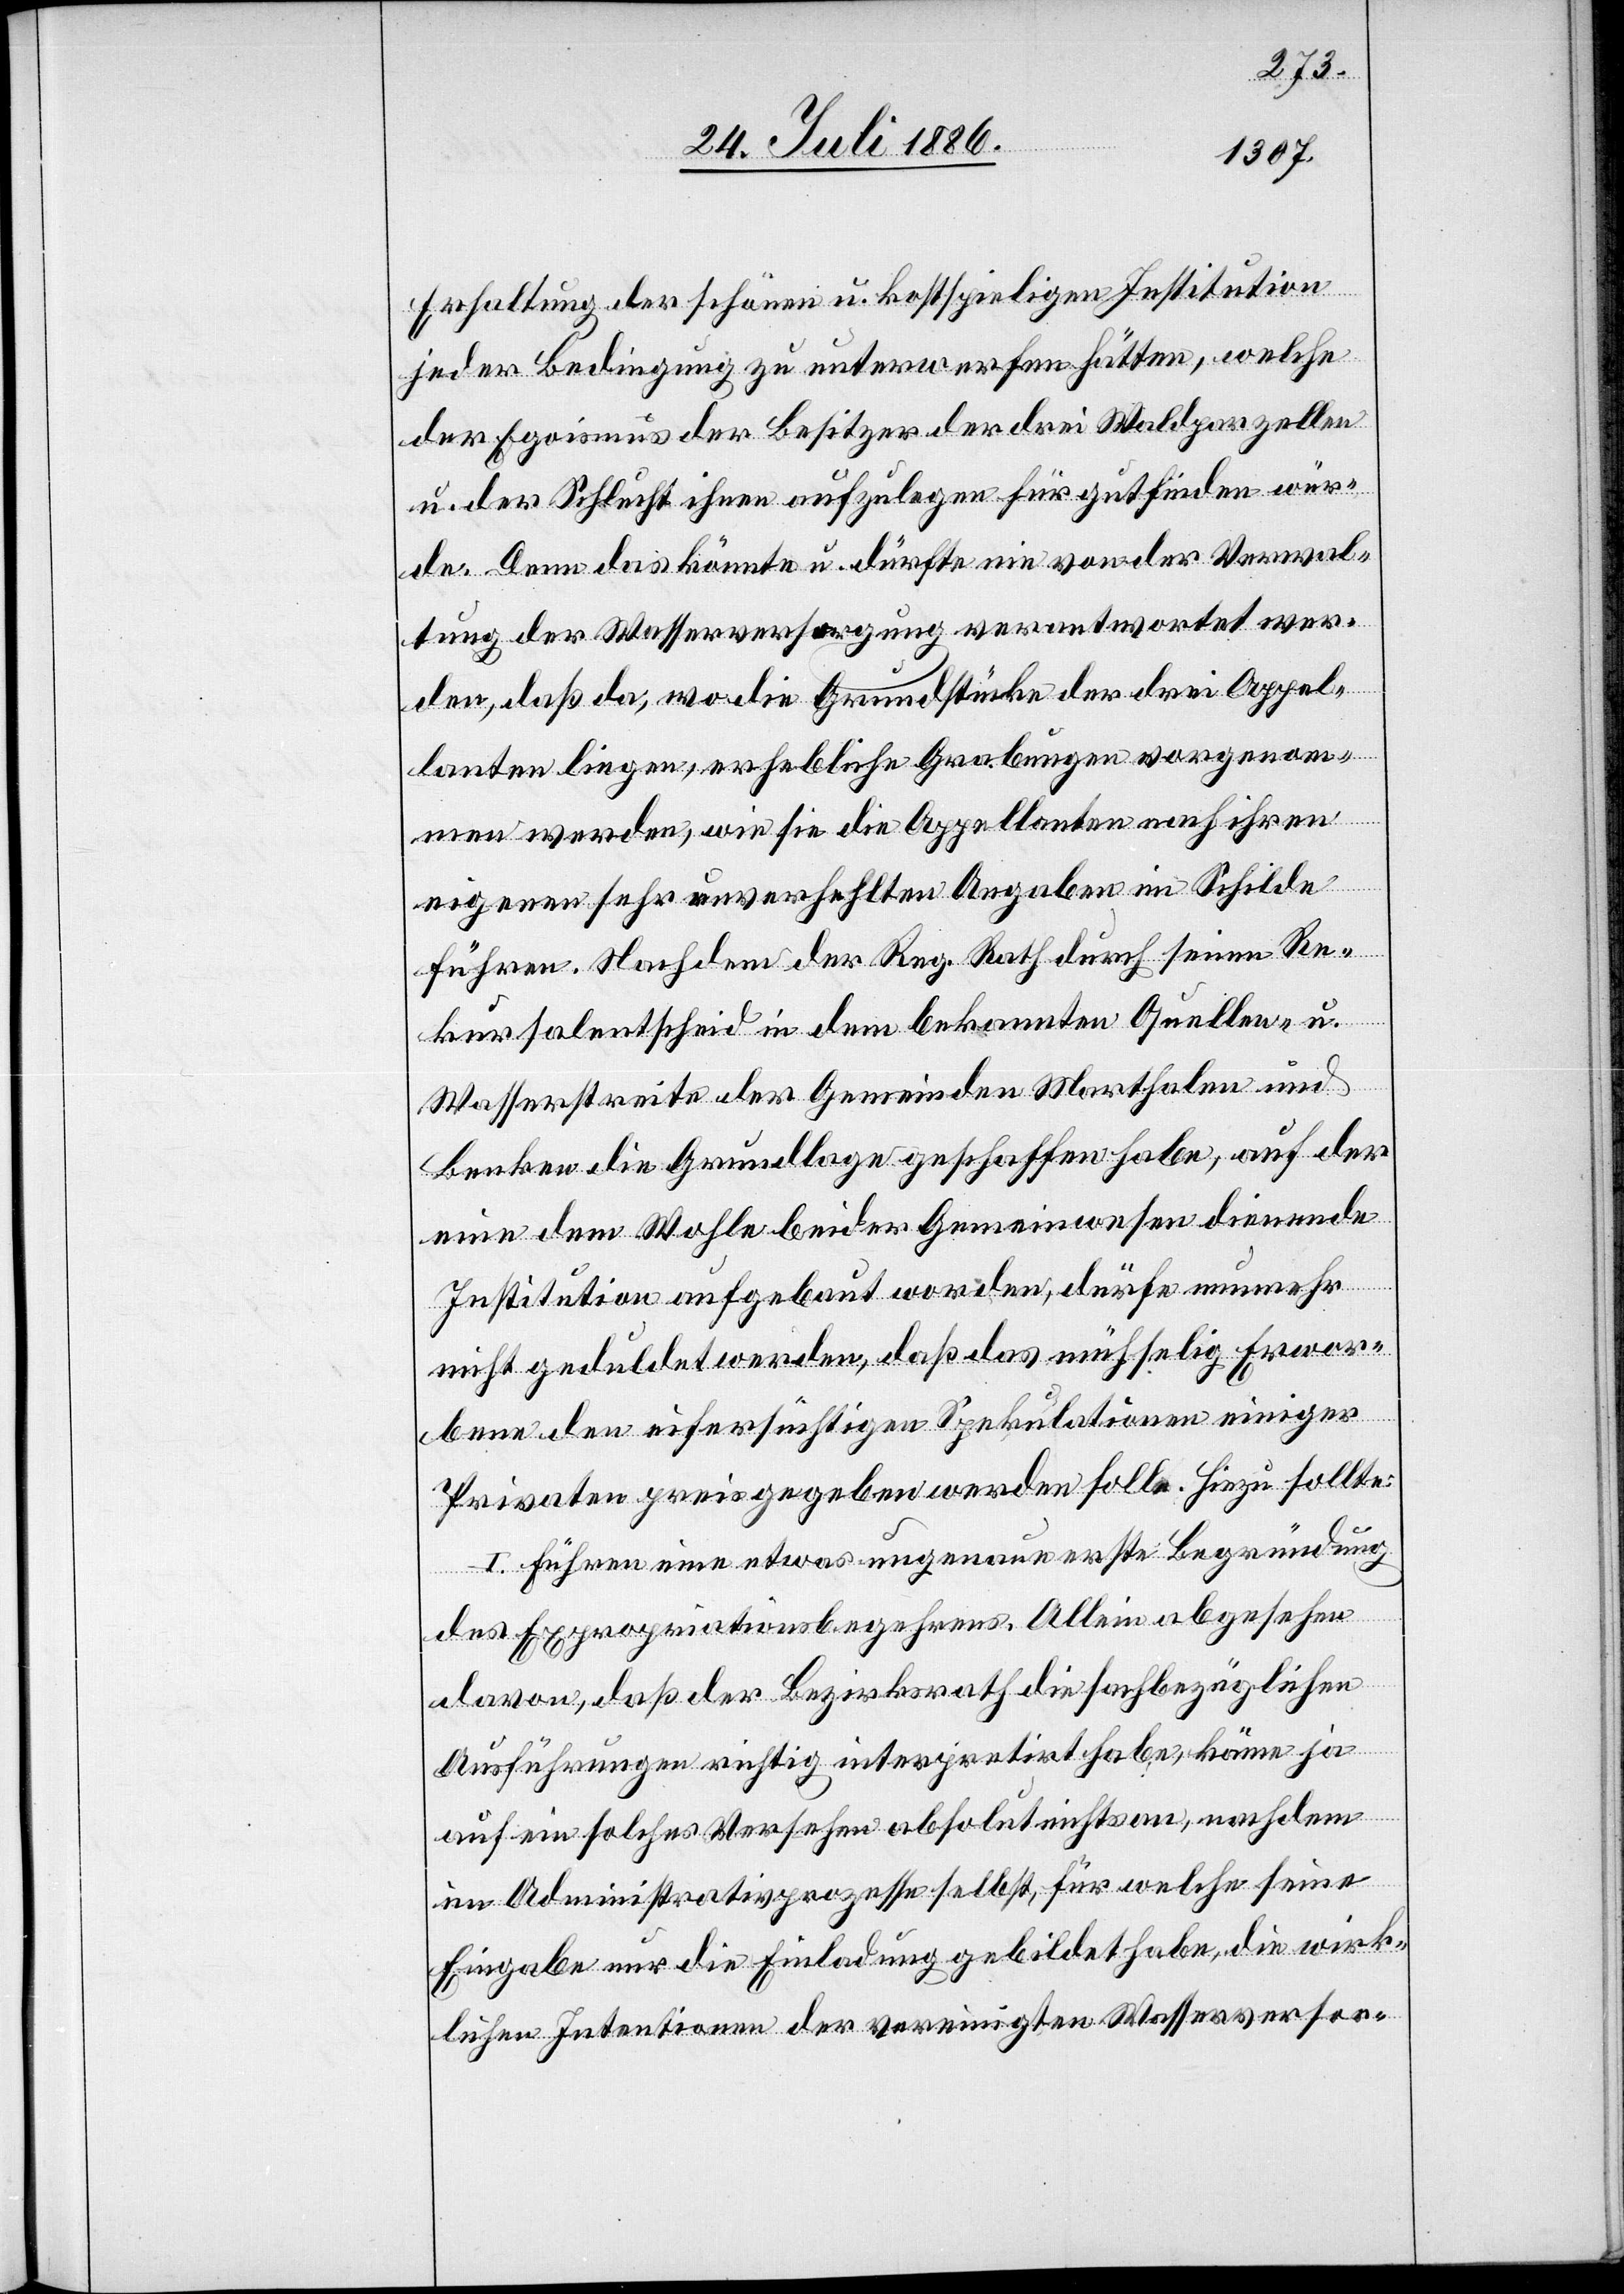
Erhaltung der schönen u. kostspieligen Institution
jeder Bedingung zu unterwerfen hätten, welche
der Egoismus der Besitzer der drei Waldparzellen
u. der Schlucht ihnen aufzulegen für gutfinden wür¬
de. Denn das könnte u. dürfte nie von der Verwal¬
tung der Wasserversorgung verantwortet wer¬
den, daß da, wo die Grundstücke der drei Appel¬
lanten liegen, erhebliche Grabungen vorgenom¬
men werden, wie sie die Appellanten nach ihren
eigenen sehr unverhehlten Angaben im Schilde
führen. Nachdem der Reg. Rath durch seinen Re¬
kursalentscheid in dem bekannten Quellen- u.
Wasserstreite der Gemeinden Marthalen und
Benken die Grundlage geschaffen habe, auf der
eine dem Wohle beider Gemeinwesen dienende
Institution aufgebaut worden, dürfe nunmehr
nicht geduldet werden, daß das mühselig Erwor¬
bene den eifersüchtigen Spekulationen einiger
Privaten preisgegeben werden solle. Hiezu sollte
I. Führen eine etwas ungenaue erste Begründung
des Expropriationsbegehrens [sic!]. Allein abgesehen
davon, daß der Bezirksrath die sachbezüglichen
Ausführungen richtig interpretirt habe, käme ja
auf ein solches Vers[t]ehen absolut nichts an, nachdem
im Administrativprozesse selbst, für welche seine
Eingabe nur die Einladung gebildet habe, die wirk¬
lichen Intentionen der vereinigten Wasserversor-